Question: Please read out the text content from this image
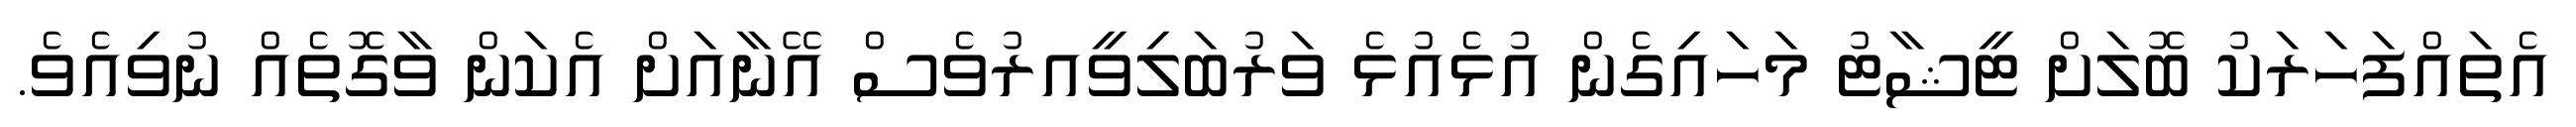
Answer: އެތައްފަހަރަކު ބޮލަށް ޓީޝާޓު މަހައިގެން އުޅެއުޅެ ވަރުބަލިވީއރުވެސް އޭނާއަށް އެކަން ވާގޮތެއް ނުވިއެވެ.